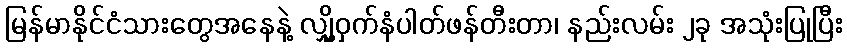
မြန်မာနိုင်ငံသားတွေအနေနဲ့ လျှို့ဝှက်နံပါတ်ဖန်တီးတာ၊ နည်းလမ်း ၂ခု အသုံးပြုပြီး